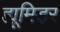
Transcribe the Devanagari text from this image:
ह्यूमिडर